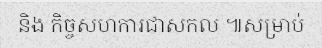
និង កិច្ចសហការជាសកល ៕សម្រាប់